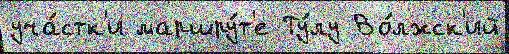
уча́стк'и маршру́т'е Ту́лу Во́лжск'ий